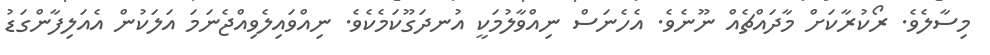
މިސާލެވެ. ރޯކުރާކަށް މާދައްޗެއް ނޫނެވެ. އެހެނަސް ނިއްވާލުމަކީ އުނދަގޫކަމެކެވެ. ނިއްވައިލެވިއްޖެނަމަ އަލަކުން އެއަލިފާންގަޑު